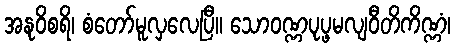
အနုဝိစရိ၊ စံတော်မူလှလေပြီ။ သောဝဏ္ဏပုပ္ဖမလျဝီတိကိဏ္ဏံ၊